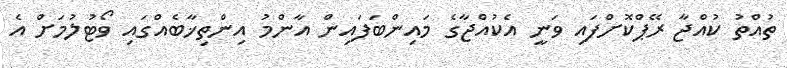
ތުއްތު ކުއްޖާ ރޭޕްކޮށްފައި ވަނީ އެކުއްޖާގެ މައިންބަފައިން އާންމު އިންތިޚާބެއްގައި ވޯޓުލުމަށް އެ